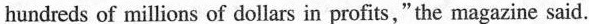
hundreds of millions of dollars in profits," the magazine said.